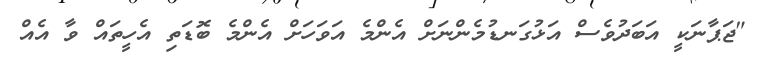
"ޖަޕާނަކީ އަބަދުވެސް އަޅުގަނޑުމެންނަށް އެންމެ އަވަހަށް އެންމެ ބޮޑަތި އެހީތައް ވާ އެއް